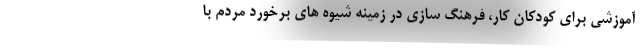
آموزشی برای کودکان کار، فرهنگ سازی در زمینه شیوه های برخورد مردم با